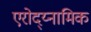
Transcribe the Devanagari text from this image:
एरोद्य्नामिक